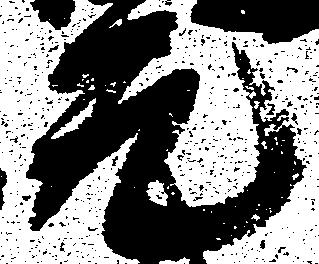
元